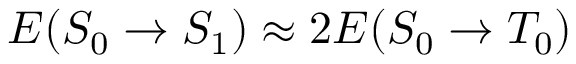
E ( S _ { 0 } \rightarrow S _ { 1 } ) \approx 2 E ( S _ { 0 } \rightarrow T _ { 0 } )